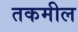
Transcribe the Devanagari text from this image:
तकमील